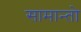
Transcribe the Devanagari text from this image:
सामान्तो